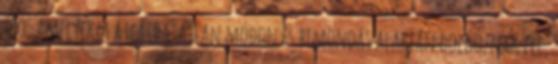
szó, amelyeket átláthatatlan módon és bemondás alapján dolgoznak fel,